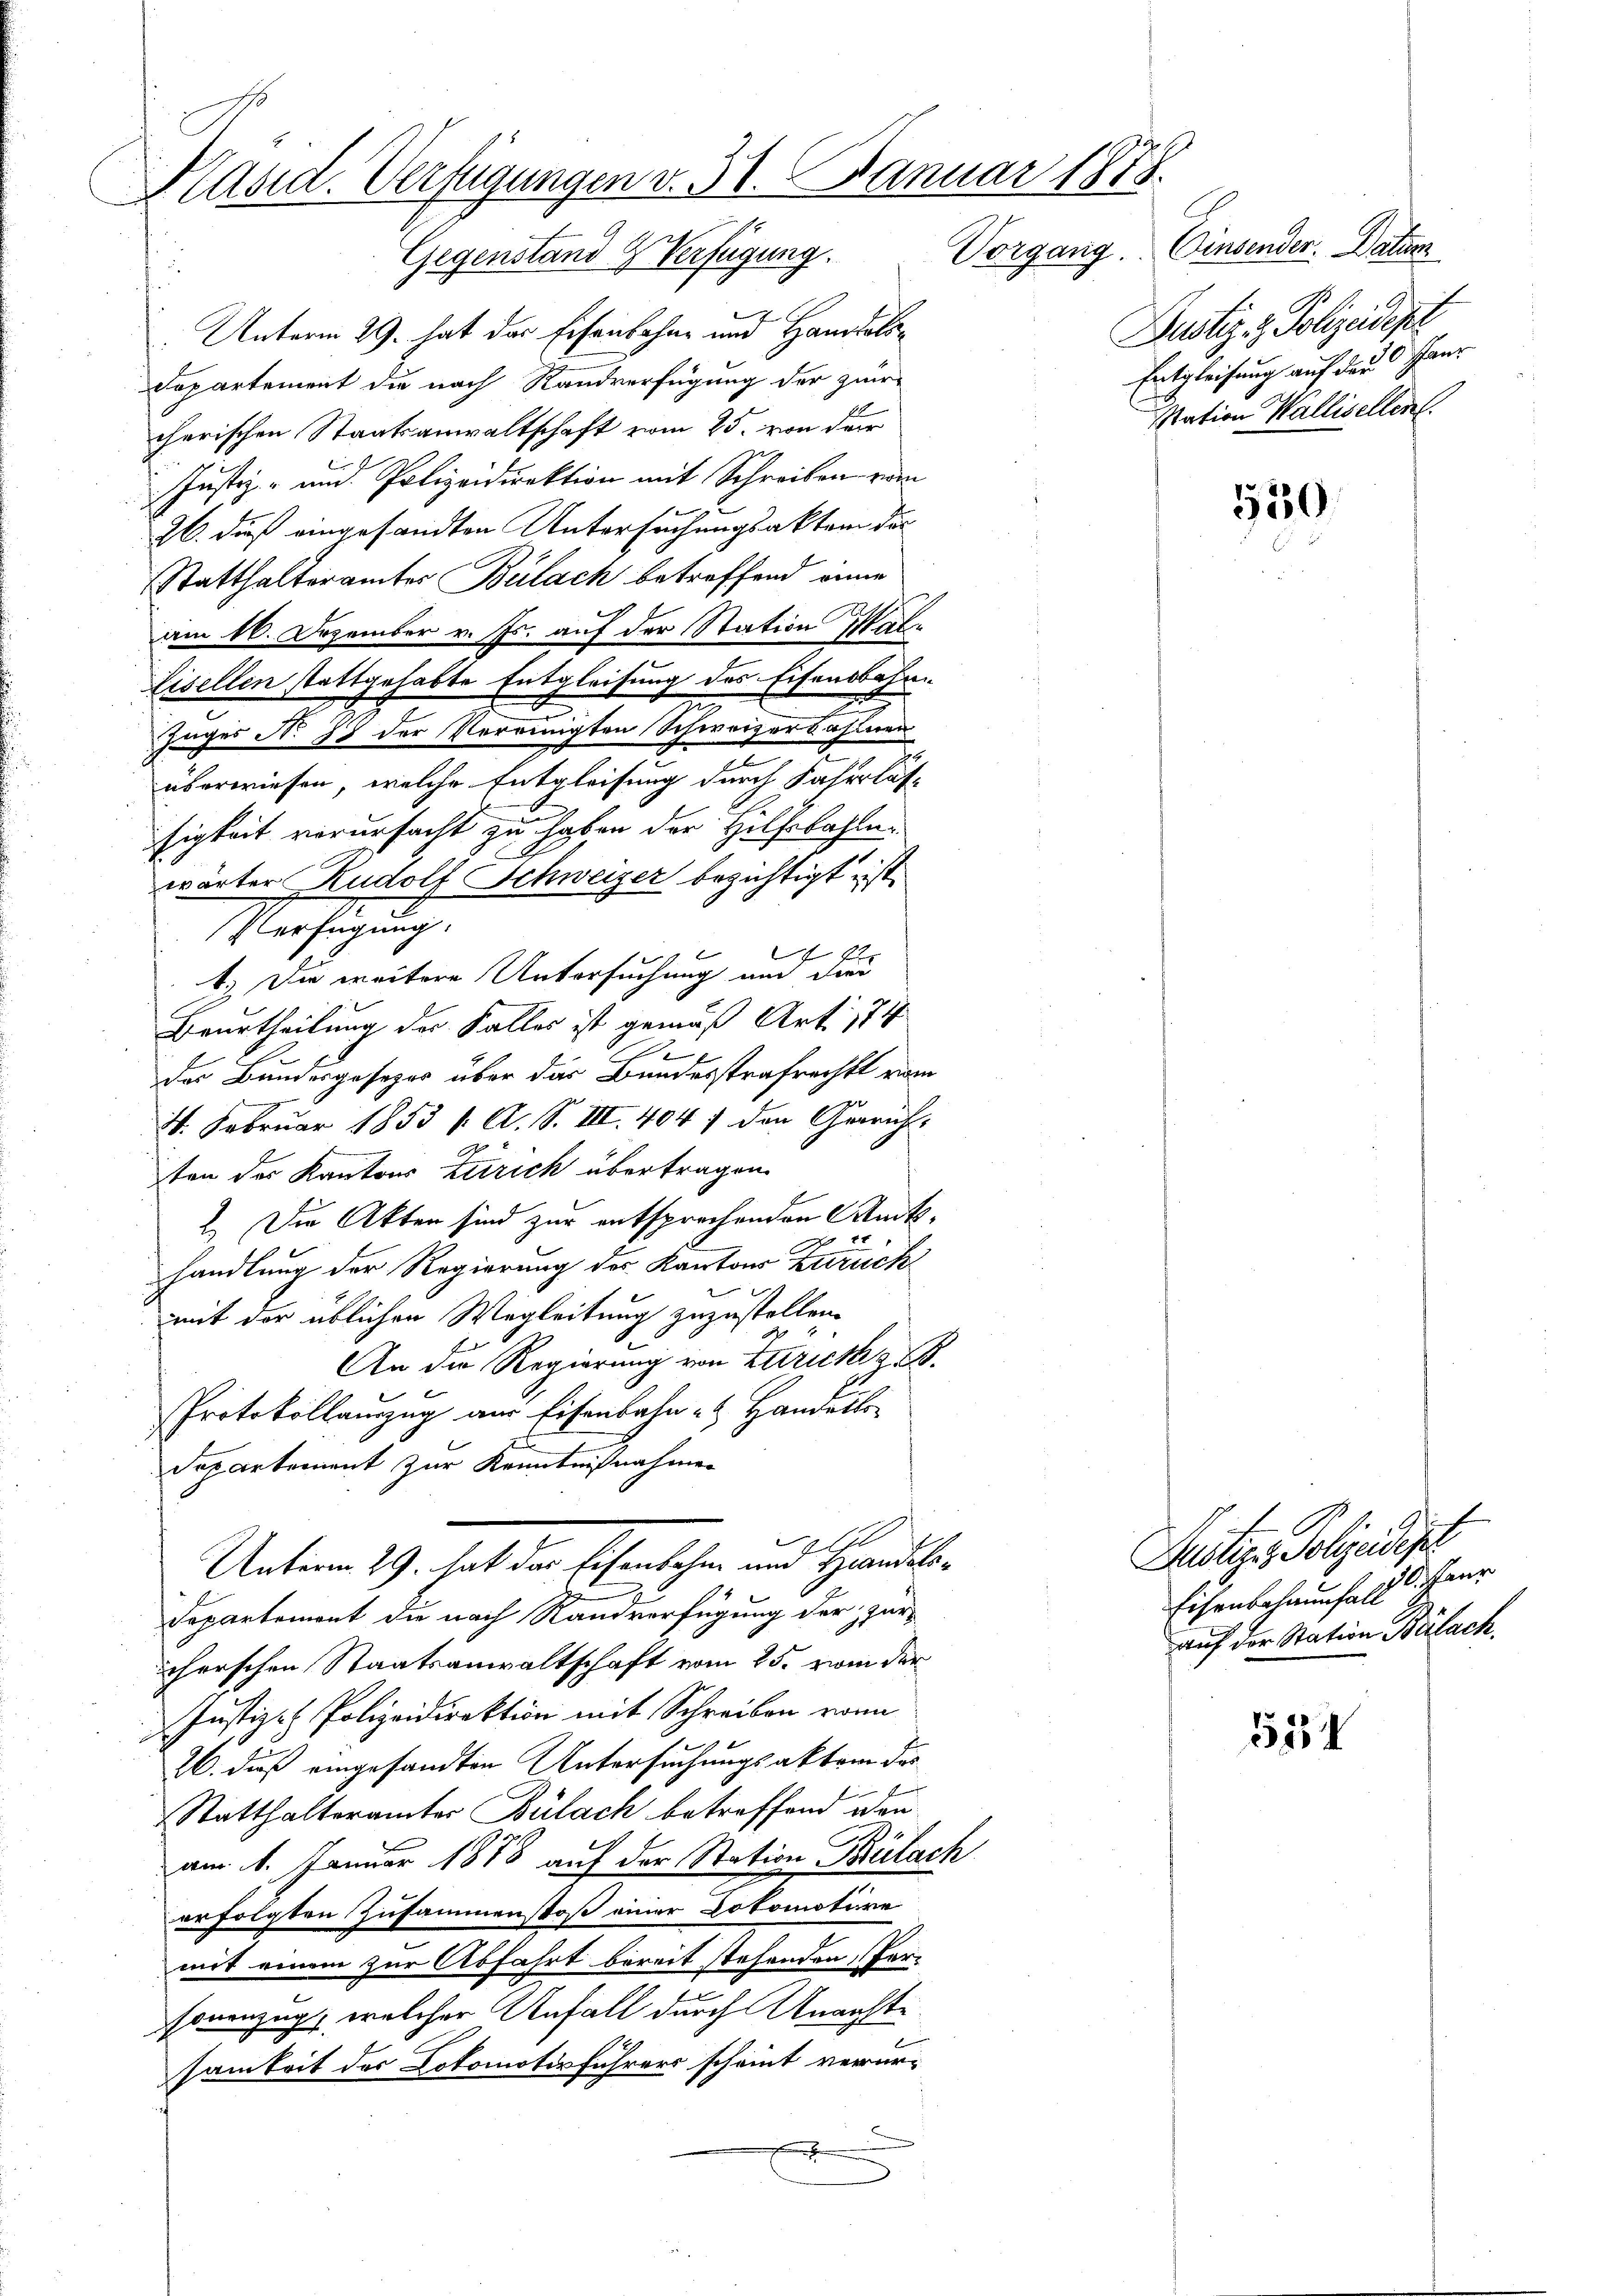
Präsid. Verfügungen v. 31. Januar 1878.
Gegenstand Verfügung. Vorgang. Einsender. Datum
Unterm 29. hat das Eisenbahne und Handels¬

Departement die nach Randverfügung der zuer
cherischen Staatsanwaltschaft vom 25. von der
Justiz- und Polizeidirektion mit Schreiben vom
26. dieß eingesandten Untersuchungsaktem der
Statthalterämter Bülach betreffend anne
am 16. Dezember v. Js. auf der Station Mal¬
Lisellen stattgehabte Entgleisung des Eisensbahn
Zuges No 13 der Vereinigten Schweizerbahnen
überwiesen, welche Entgleisung durch Fahrlässigkeit verursacht zu haben der Hilfsbahln.
wärter Rudolf Schweizer bezichtigt ist.
Verfügung:
l
1.) Die weitere Untersuchung an dies
Beurtheilung der Falles ist gemäß Art. 174
2
.
das Bundesgesetzes über das Bundesstrafrechts vom
4. Februar 1853 f. A. S. III. 404 f den Gericht-
ten des Kantons Zürich übertragen.
2. Die Akten sind zur entsprechenden Anthandlung der Regierung des Kantons Zürich
mit der üblichen Wegleitung zuzustellen.
An die Regierung von Zürich z. B.
Protokollamzug aus Eisenbahn- & Handert
e
Departement zur Kenntnißnahmen
Unterm 29. hat der Eisenbahn und Handels¬
Departement die nach Randverfügung der zur
icherschen Staatsanwaltschaft vom 25. vom der
Justiz- Polizeidirektion mit Schreiben von
26. dieß eingesandten Untersuchungsaktem das
Statthalteramter Bülach betreffend den
am 4. Januar 1888 auf der Station Bülach
erfolgten Zusammenstoß einer Lokomotire
mit einem zur Abfahrt bereit stehenden, Per-
sonenzug, welcher Unfall durch Unachtsamkeit der Lokomotivführers scheint verur-
.

Justiz & Polizeidest
Entgleichung auf das Hanstation Wallisellent.

550

531

Justiz - Polizeidigt
50. Paur
Eisenbehaunfall
auf der Station Balach.